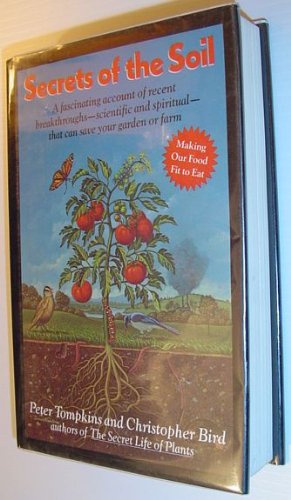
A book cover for Secrets of the Soil: A Fascinating Account of Recent Breakthroughs- Scientific and Spiritual- That Can Save Your Garden or Farm; Peter Tompkins; Crafts, Hobbies & Home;